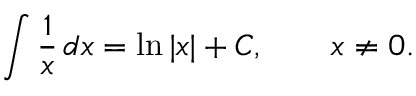
\int { \frac { 1 } { x } } \, d x = \ln | x | + C , \qquad x \neq 0 .